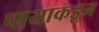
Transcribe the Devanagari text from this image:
पायाकडून